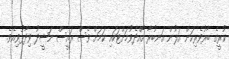
ކުރީގެ ބާރުވެރިކަން އަލުން އަނބުރާ ހޯއްދެވުމަށްޓަކައި ކަމަށް ވެސް ރައީސް ނަޝީދު ވިދާޅުވިއެވެ.